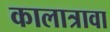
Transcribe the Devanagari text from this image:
कालात्रावा